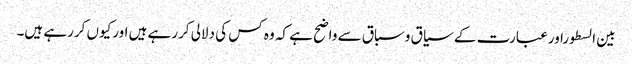
بین السطوراورعبارت کے سیاق وسباق سے واضح ہے کہ وہ کس کی دلالی کررہے ہیں اورکیوں کررہے ہیں۔